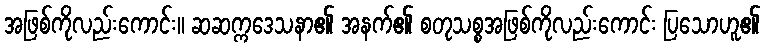
အဖြစ်ကိုလည်းကောင်း။ ဆဆက္ကဒေသနာ၏ အနက်၏ စတုသစ္စအဖြစ်ကိုလည်းကောင်း ပြသောဟူ၏